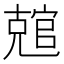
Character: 𰍛